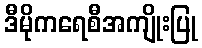
ဒီမိုကရေစီအကျိုးပြု